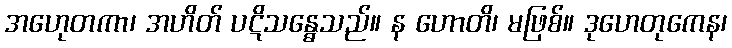
အဟေုတကာ၊ အဟိတ် ပဋိသန္ဓေသည်။ န ဟောတိ၊ မဖြစ်။ ဒုဟေတုကေန၊